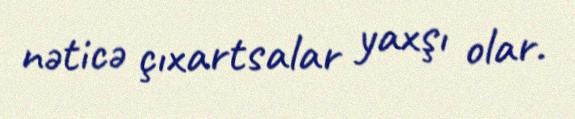
nəticə çıxartsalar yaxşı olar.